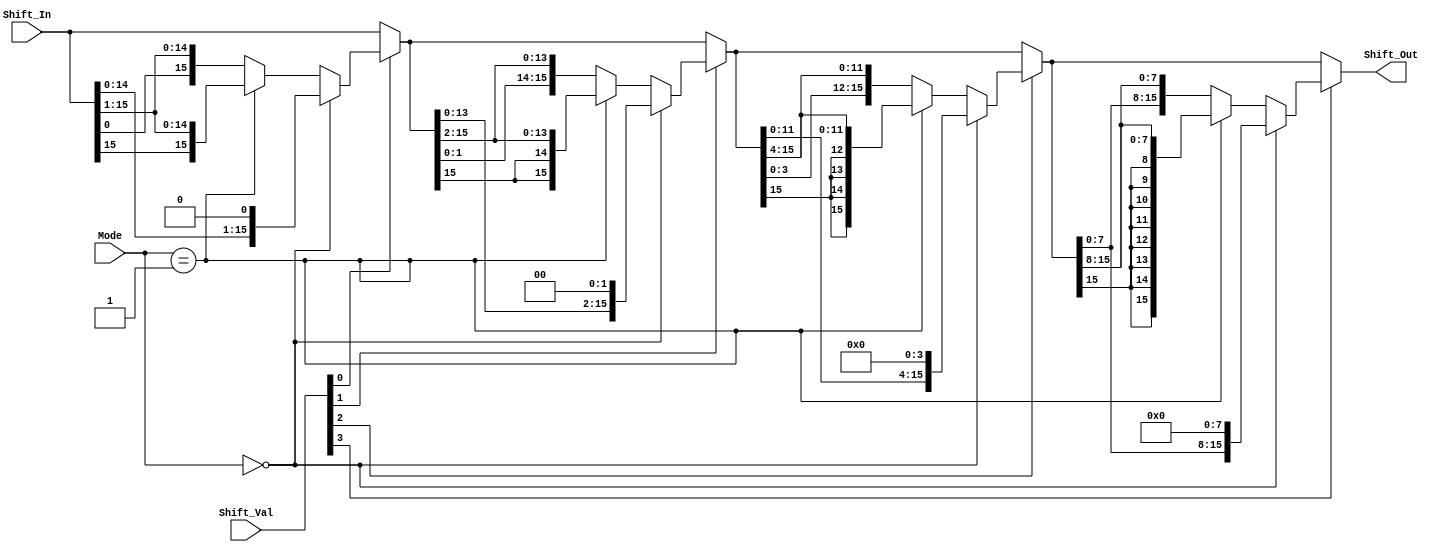
module Shifter (Shift_In, Shift_Val, Mode, Shift_Out);
  input  [15:0] Shift_In; //This is the number to perform shift operation on
  input  [3:0]  Shift_Val; //Shift amount (used to shift the Shift_In)
  input  [1:0]  Mode; // To indicate SLL(00),  SRA(01), or ROR(10)
  output [15:0] Shift_Out; //Shifter value

  wire SLL, SRA, ROR;
  assign SLL = (Mode == 2'b00);
  assign SRA = (Mode == 2'b01);
  assign ROR = (Mode == 2'b1x);

  wire [15:0] shift0, shift1, shift2;
  
 assign shift0 = Shift_Val[0] ? (SLL ? {Shift_In[14:0], 1'b0} :
                                 SRA ? {Shift_In[15], Shift_In[15:1]} :
                                       {Shift_In[0], Shift_In[15:1]}) :
									   Shift_In;

 assign shift1 = Shift_Val[1] ? (SLL ? {shift0[13:0], 2'h0} :
                                 SRA ? {{2{shift0[15]}}, shift0[15:2]} :
                                       {shift0[1:0], shift0[15:2]}) :
									   shift0;

 assign shift2 = Shift_Val[2] ? (SLL ? {shift1[11:0], 4'h0} :
                                 SRA ? {{4{shift1[15]}}, shift1[15:4]} :
                                       {shift1[3:0], shift1[15:4]}) :
									   shift1;

 assign Shift_Out = Shift_Val[3] ? (SLL ? {shift2[7:0], 8'h0} :
                                 SRA ? {{8{shift2[15]}}, shift2[15:8]} :
                                       {shift2[7:0], shift2[15:8]}) :
									   shift2;
endmodule